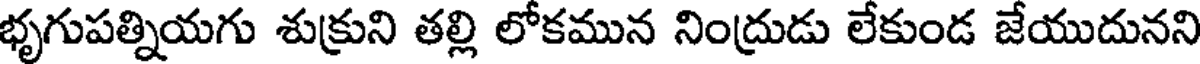
భృగుపత్నియగు శుక్రుని తల్లి లోకమున నింద్రుడు లేకుండ జేయుదునని